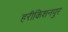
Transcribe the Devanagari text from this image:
हरीकिशनपुर